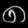
Digit: ၈